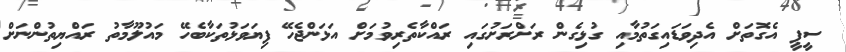
ސީޕީ އެގޮތަށް އެދިވަޑައިގަތުމާއި ގުޅިގެން ރަށްރަށުގައި ރައްކާތެރިވުމަށް އަޅަންޖެހޭ ފިޔަވަޅުތަކާބެހޭ މައުލޫމާތު ރައްޔިތުންނަށް